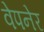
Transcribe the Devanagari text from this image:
वेपनेर